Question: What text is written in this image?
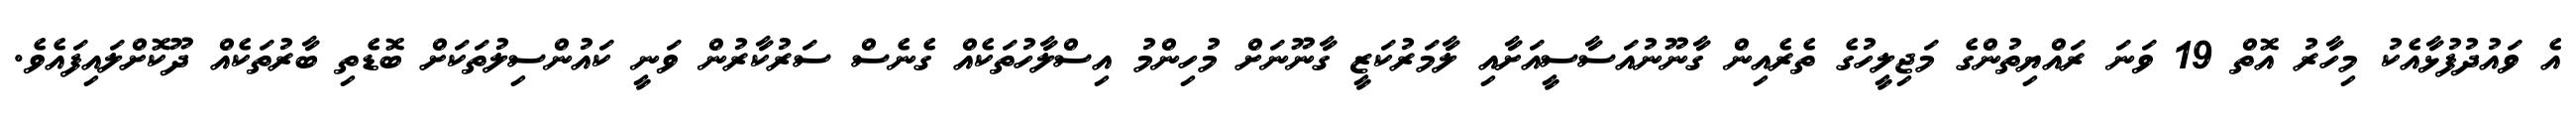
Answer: އެ ވައުދުފުޅާއެކު މިހާރު އޮތް 19 ވަނަ ރައްޔިތުންގެ މަޖިލީހުގެ ތެރެއިން ގާނޫނުއަސާސީއަށާއި ލާމަރުކަޒީ ގާނޫނަށް މުހިންމު އިސްލާހުތަކެއް ގެނެސް ސަރުކާރުން ވަނީ ކައުންސިލުތަކަށް ބޮޑެތި ބާރުތަކެއް ދޫކޮށްލައިފައެވެ.